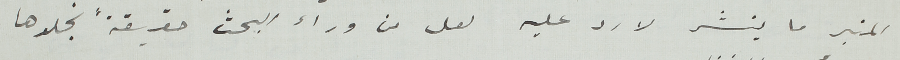
المنبر ما ينشر لارد عليه لعل من وراء البحث حقيقة نجلوها